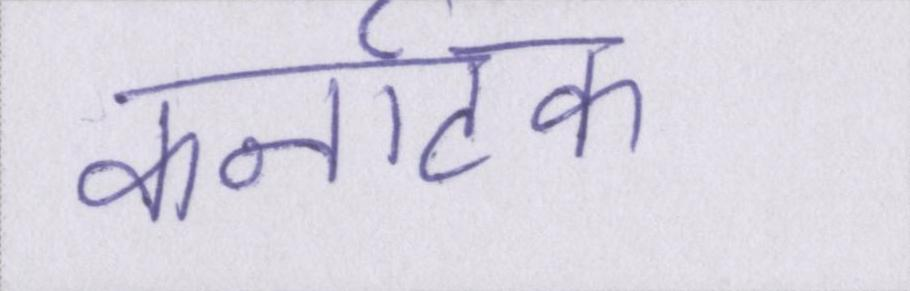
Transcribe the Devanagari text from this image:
कर्नाटक